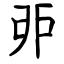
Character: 戼